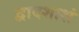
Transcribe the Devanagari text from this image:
द्वादशाशं